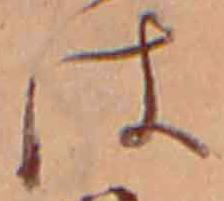
は